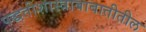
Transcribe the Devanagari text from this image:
पद्धतीशास्त्राबाबातीतील